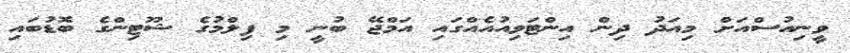
ވީނިއުސްއަށް މިއަދު ދިން އިންޓަވިއުއެއްގައި އަމްޖޭ ބުނީ މި ފިލްމުގެ ޝޫޓިންގެ ބޮޑުބައި